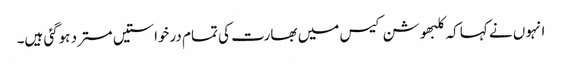
انہوں نے کہا کہ کلبھوشن کیس میں بھارت کی تمام درخواستیں مسترد ہوگئی ہیں۔